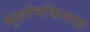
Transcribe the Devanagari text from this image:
मुखचिकित्सक